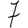
Digit: 7